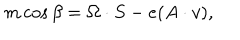
LaTeX: m \cos { \beta } = \Omega \cdot S - e ( A \cdot v ) ,